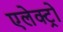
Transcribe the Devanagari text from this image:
एलेक्ट्रो